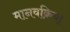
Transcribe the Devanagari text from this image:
मानवक्रिया